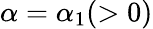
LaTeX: \alpha=\alpha_{1}(>0)